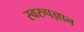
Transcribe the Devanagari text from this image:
स्वरुपज्ञान